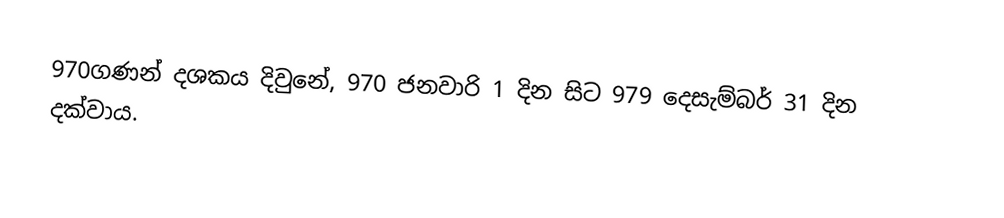
970ගණන් දශකය දිවුනේ, 970 ජනවාරි 1 දින සිට 979 දෙසැම්බර් 31 දින දක්වාය.